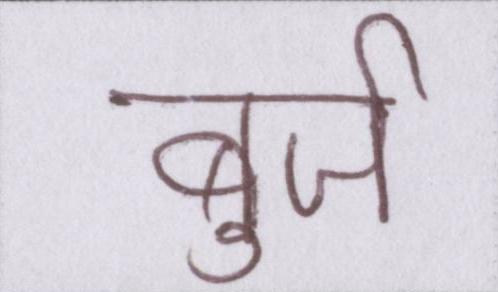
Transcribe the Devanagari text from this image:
बुर्ज